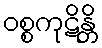
ဝစ္စကုဋိန္တိ